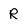
Character: R